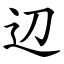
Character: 辺